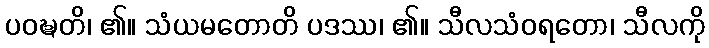
ပဝဍ္ဎတိ၊ ၏။ သံယမတောတိ ပဒဿ၊ ၏။ သီလသံဝရတော၊ သီလကို